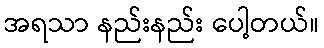
အရသာ နည်းနည်း ပေါ့တယ်။